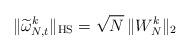
LaTeX: \begin{align*} \| \widetilde{\omega}_{N,t}^k\|_{\mathrm{HS}}= \sqrt{N} \, \| W_N^k \|_2 \end{align*}